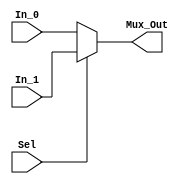
`timescale 1ns / 1ps

module ForwardADMux(
    input Sel,
    input [31:0] In_0,
    input [31:0] In_1,
    output [31:0] Mux_Out
    );
    assign Mux_Out = Sel ? In_1 : In_0;
endmodule